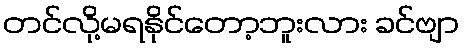
တင်လို့မရနိုင်တော့ဘူးလား ခင်ဗျာ